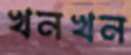
খনখন